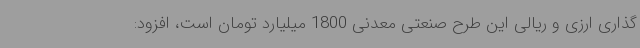
‌گذاری ارزی و ریالی این طرح صنعتی معدنی 1800 میلیارد تومان است، افزود: